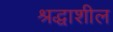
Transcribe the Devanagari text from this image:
श्रद्धाशील